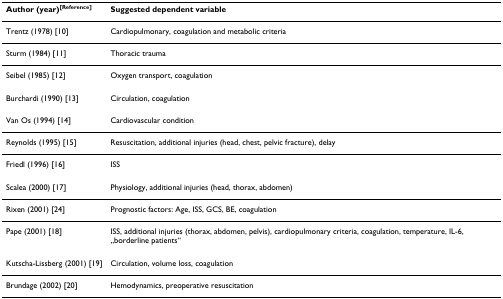
| Author (year)[Reference] | Suggested dependent variable |
 | --- | --- |
 | Trentz (1978) [10] | Cardiopulmonary, coagulation and metabolic criteria |
 | Sturm (1984) [11] | Thoracic trauma |
 | Seibel (1985) [12] | Oxygen transport, coagulation |
 | Burchardi (1990) [13] | Circulation, coagulation |
 | Van Os (1994) [14] | Cardiovascular condition |
 | Reynolds (1995) [15] | Resuscitation, additional injuries (head, chest, pelvic fracture), delay |
 | Friedl (1996) [16] | ISS |
 | Scalea (2000) [17] | Physiology, additional injuries (head, thorax, abdomen) |
 | Rixen (2001) [24] | Prognostic factors: Age, ISS, GCS, BE, coagulation |
 | Pape (2001) [18] | ISS, additional injuries (thorax, abdomen, pelvis), cardiopulmonary criteria, coagulation, temperature, IL-6, „borderline patients“ |
 | Kutscha-Lissberg (2001) [19] | Circulation, volume loss, coagulation |
 | Brundage (2002) [20] | Hemodynamics, preoperative resuscitation |